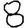
Digit: 8